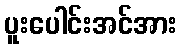
ပူးပေါင်းအင်အား